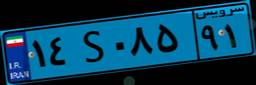
۱۴S۰۸۵۹۱